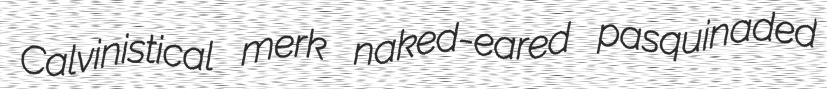
Calvinistical merk naked-eared pasquinaded